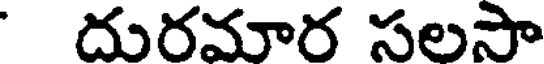
దురమార సలసా